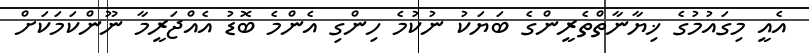
އެއީ މިގައުމުގެ ޚިޔާނާތްތެރީންގެ ބަޔަކު ނުކުމެ ހިންގި އެންމެ ބޮޑު އެއްޖަރީމާ ނޫންކަމަކަށް